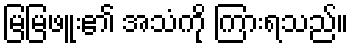
မြမြဖူး၏ အသံကို ကြားရသည်။